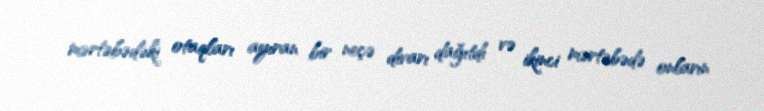
mərtəbədəki otaqları ayıran bir neçə divarı dağıtdı və ikinci mərtəbədə onların